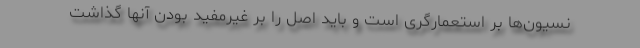
نسیون‌ها بر استعمارگری است و باید اصل را بر غیرمفید بودن آنها گذاشت